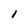
Character: I